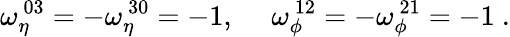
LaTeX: \omega_{\eta}^{~03}=-\omega_{\eta}^{~30}=-1,~~~~~\omega_{\phi}^{~12}=-\omega_{\phi}^{~21}=-1~.